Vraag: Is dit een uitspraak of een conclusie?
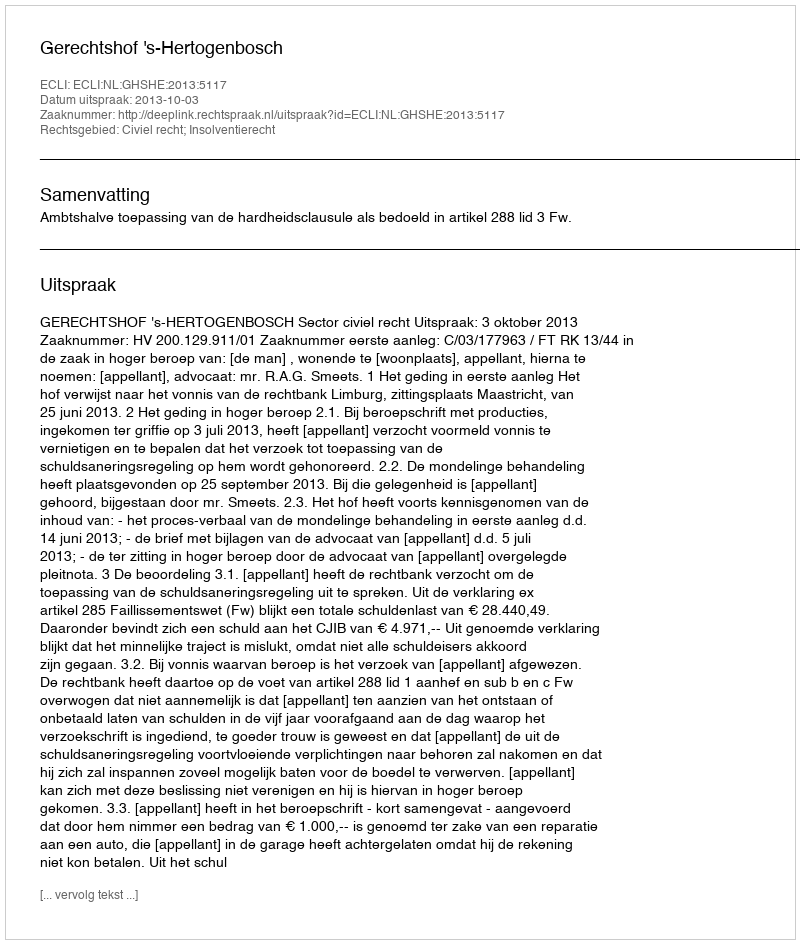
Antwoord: Uitspraak